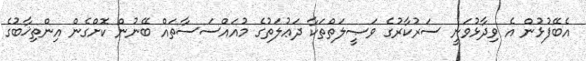
އެބޭފުޅުން އެ ވިދާޅުވަނީ ސަރުކާރުގެ ވަޞީލަތްތަކާ ދަޢުލަތުގެ މުއައްސަސާތައް ބޭނުން ކޮށްގެން އިންތިޚާބުގެ